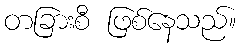
တခြားစီ ဖြစ်နေသည်။